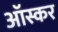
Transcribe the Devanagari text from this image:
आॅस्कर